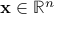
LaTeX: \mathbf { x } \in \mathbb { R } ^ { n }